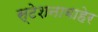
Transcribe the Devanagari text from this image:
स्टेशनाबाहेर